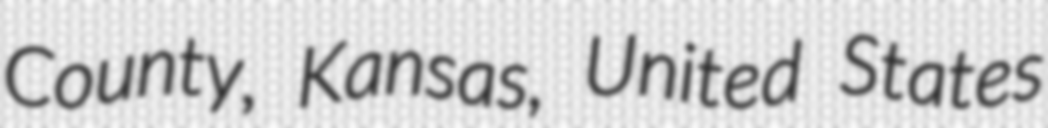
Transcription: County, Kansas, United States